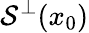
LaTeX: {\mathcal{S}}^{\perp}(x_{0})